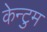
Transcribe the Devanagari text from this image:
केन्टुम